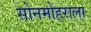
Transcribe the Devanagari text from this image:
सोनमोहराला